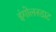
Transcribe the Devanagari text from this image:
इंगोलस्डाट